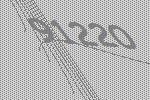
91220